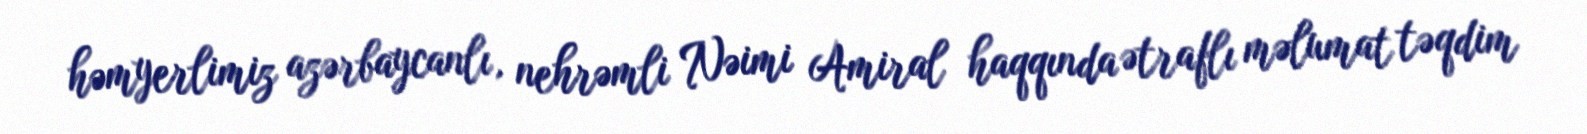
həmyerlimiz azərbaycanlı, nehrəmli Nəimi Amiral haqqında ətraflı məlumat təqdim